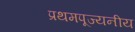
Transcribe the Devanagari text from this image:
प्रथमपूज्यनीय